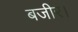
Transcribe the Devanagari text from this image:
बजीर।